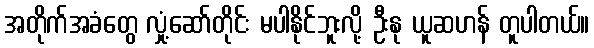
အတိုက်အခံတွေ လှုံ့ဆော်တိုင်း မပါနိုင်ဘူးလို့ ဦးနု ယူဆဟန် တူပါတယ်။